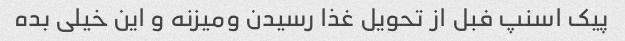
پیک اسنپ فبل از تحویل غذا رسیدن و‌میزنه و این خیلی بده